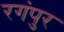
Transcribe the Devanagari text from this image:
रगंपुर